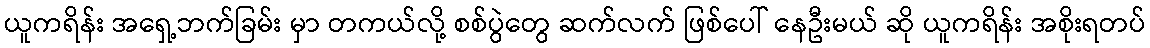
ယူကရိန်း အရှေ့ဘက်ခြမ်း မှာ တကယ်လို့ စစ်ပွဲတွေ ဆက်လက် ဖြစ်ပေါ် နေဦးမယ် ဆို ယူကရိန်း အစိုးရတပ်